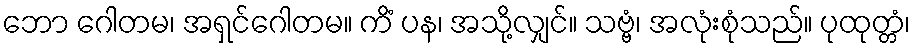
ဘော ဂေါတမ၊ အရှင်ဂေါတမ။ ကိံ ပန၊ အသို့လျှင်။ သဗ္ဗံ၊ အလုံးစုံသည်။ ပုထုတ္တံ၊